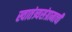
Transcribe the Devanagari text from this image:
स्वातंत्र्यसंग्रामाची